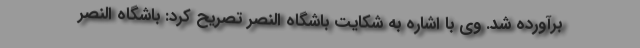
برآورده شد. وی با اشاره به شکایت باشگاه النصر تصریح کرد: باشگاه النصر